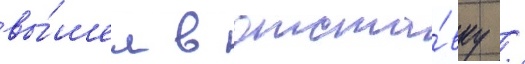
вы́шел в отста́вку /